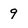
Character: 9